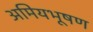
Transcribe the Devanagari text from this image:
अमियभूषण